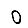
Digit: 0